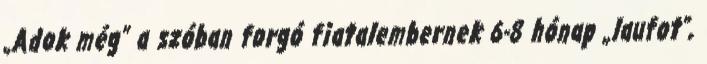
„Adok még” a szóban forgó fiatalembernek 6-8 hónap „lau­fot”,